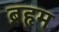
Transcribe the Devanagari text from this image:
ब्रहृम